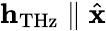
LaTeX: \mathbf{h}_{\mathrm{THz}}\parallel\hat{\mathbf{x}}